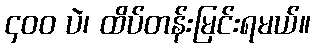
၄၀၀ ပဲ၊ ထိပ်တန်းမြင်းရမယ်။